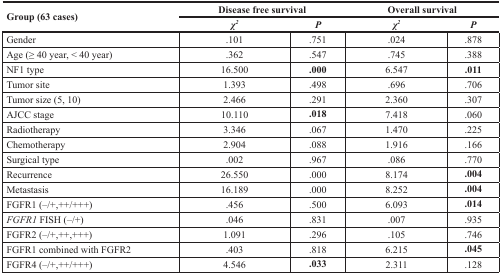
<table><thead><tr><td rowspan="2"><b>Group (63 cases)</b></td><td colspan="2"><b>Disease free survival</b></td><td colspan="2"><b>Overall survival</b></td></tr><tr><td><b><i>χ<sup>2</sup></i></b></td><td><b><i>P</i></b></td><td><b><i>χ<sup>2</sup></i></b></td><td><b><i>P</i></b></td></tr></thead><tbody><tr><td>Gender</td><td>.101</td><td>.751</td><td>.024</td><td>.878</td></tr><tr><td>Age (≥ 40 year, &lt; 40 year)</td><td>.362</td><td>.547</td><td>.745</td><td>.388</td></tr><tr><td>NF1 type</td><td>16.500</td><td><b>.000</b></td><td>6.547</td><td><b>.011</b></td></tr><tr><td>Tumor site</td><td>1.393</td><td>.498</td><td>.696</td><td>.706</td></tr><tr><td>Tumor size (5, 10)</td><td>2.466</td><td>.291</td><td>2.360</td><td>.307</td></tr><tr><td>AJCC stage</td><td>10.110</td><td><b>.018</b></td><td>7.418</td><td>.060</td></tr><tr><td>Radiotherapy</td><td>3.346</td><td>.067</td><td>1.470</td><td>.225</td></tr><tr><td>Chemotherapy</td><td>2.904</td><td>.088</td><td>1.916</td><td>.166</td></tr><tr><td>Surgical type</td><td>.002</td><td>.967</td><td>.086</td><td>.770</td></tr><tr><td>Recurrence</td><td>26.550</td><td>.000</td><td>8.174</td><td><b>.004</b></td></tr><tr><td>Metastasis</td><td>16.189</td><td>.000</td><td>8.252</td><td><b>.004</b></td></tr><tr><td>FGFR1 (−/+,++/+++)</td><td>.456</td><td>.500</td><td>6.093</td><td><b>.014</b></td></tr><tr><td><i>FGFR1</i> FISH (−/+)</td><td>.046</td><td>.831</td><td>.007</td><td>.935</td></tr><tr><td>FGFR2 (−/+,++,+++)</td><td>1.091</td><td>.296</td><td>.105</td><td>.746</td></tr><tr><td>FGFR1 combined with FGFR2</td><td>.403</td><td>.818</td><td>6.215</td><td><b>.045</b></td></tr><tr><td>FGFR4 (−/+,++/+++)</td><td>4.546</td><td><b>.033</b></td><td>2.311</td><td>.128</td></tr></tbody></table>